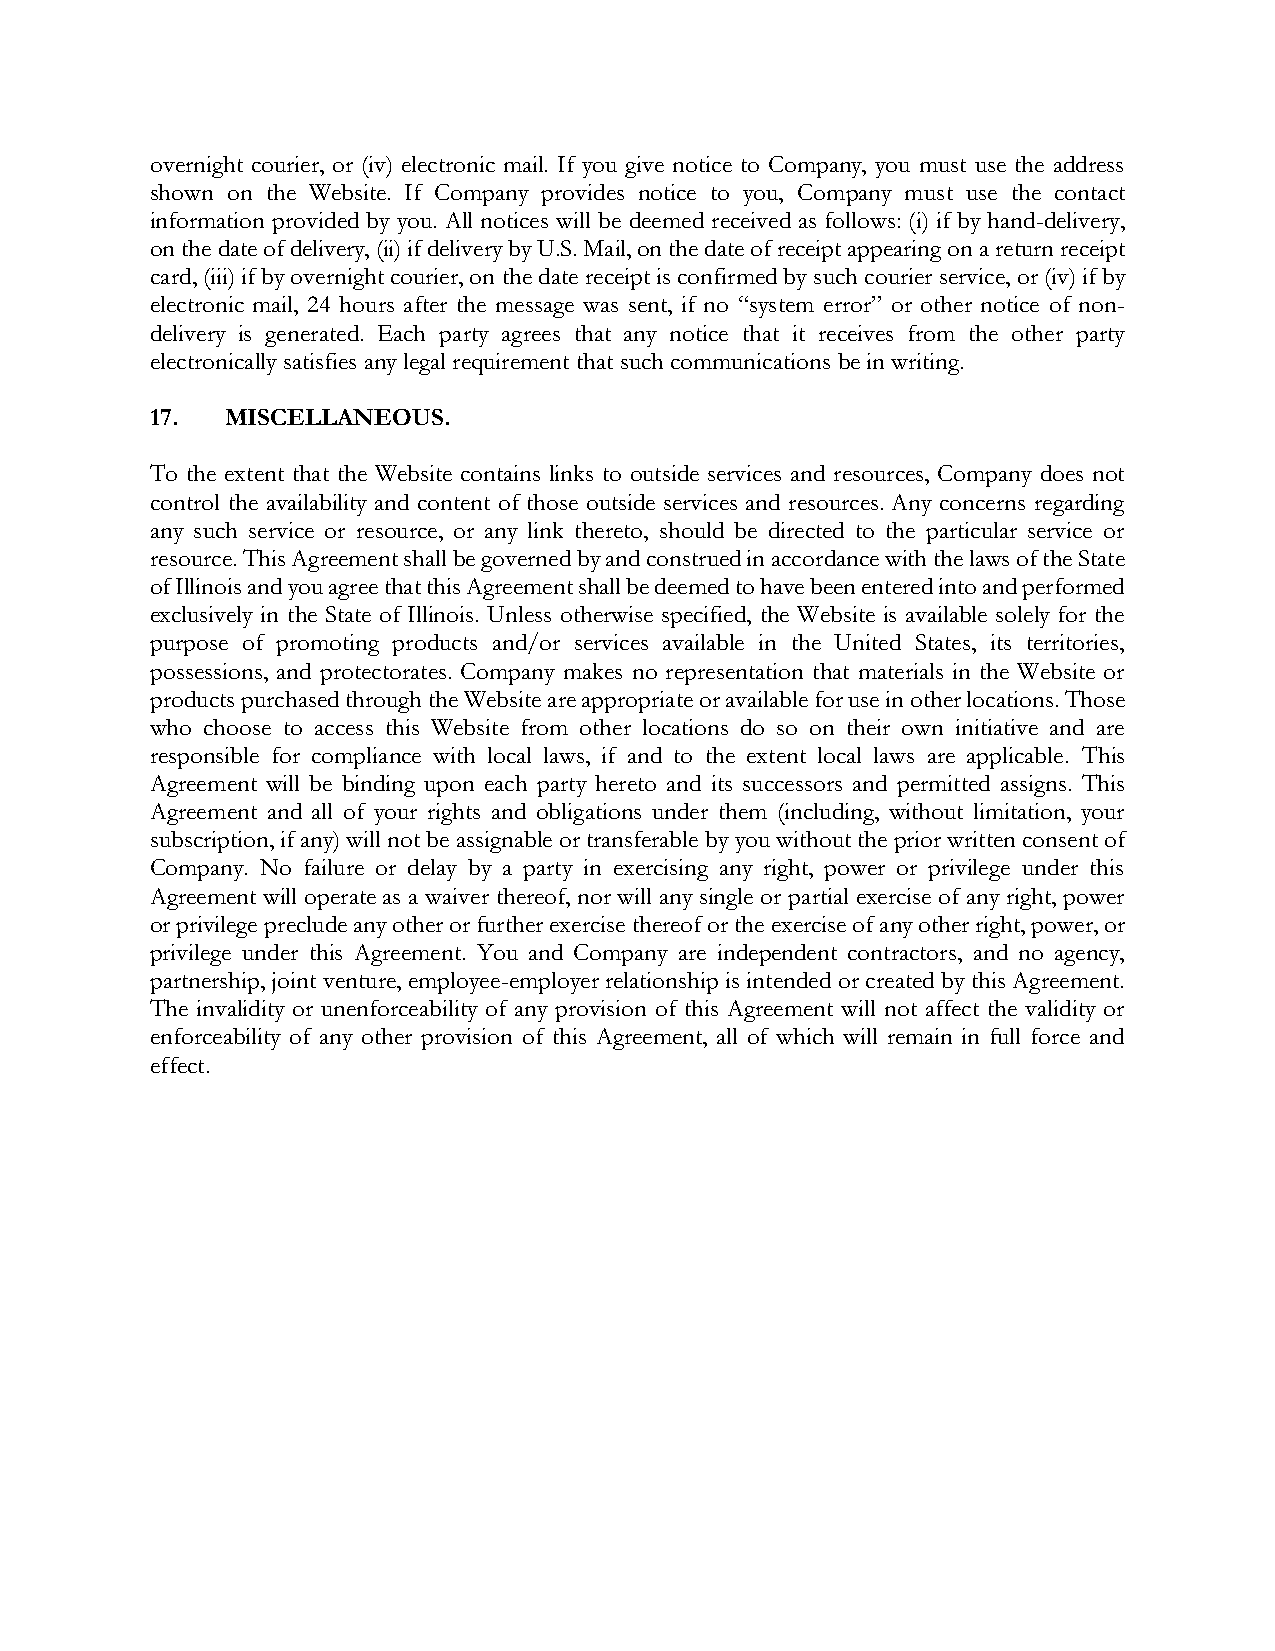
overnight courier, or (iv) electronic mail. If you give notice to Company, you must use the address
 shown on the Website. If Company provides notice to you, Company must use the contact
 information provided by you. All notices will be deemed received as follows: (i) if by hand-delivery,
 on the date of delivery, (ii) if delivery by U.S. Mail, on the date of receipt appearing on a return receipt
 card, (iii) if by overnight courier, on the date receipt is confirmed by such courier service, or (iv) if by
 electronic mail, 24 hours after the message was sent, if no “system error” or other notice of non-
 delivery is generated. Each party agrees that any notice that it receives from the other party
 electronically satisfies any legal requirement that such communications be in writing.
 17.  MISCELLANEOUS.
 To the extent that the Website contains links to outside services and resources, Company does not
 control the availability and content of those outside services and resources. Any concerns regarding
 any such service or resource, or any link thereto, should be directed to the particular service or
 resource. This Agreement shall be governed by and construed in accordance with the laws of the State
 of Illinois and you agree that this Agreement shall be deemed to have been entered into and performed
 exclusively in the State of Illinois. Unless otherwise specified, the Website is available solely for the
 purpose of promoting products and/or services available in the United States, its territories,
 possessions, and protectorates. Company makes no representation that materials in the Website or
 products purchased through the Website are appropriate or available for use in other locations. Those
 who choose to access this Website from other locations do so on their own initiative and are
 responsible for compliance with local laws, if and to the extent local laws are applicable. This
 Agreement will be binding upon each party hereto and its successors and permitted assigns. This
 Agreement and all of your rights and obligations under them (including, without limitation, your
 subscription, if any) will not be assignable or transferable by you without the prior written consent of
 Company. No failure or delay by a party in exercising any right, power or privilege under this
 Agreement will operate as a waiver thereof, nor will any single or partial exercise of any right, power
 or privilege preclude any other or further exercise thereof or the exercise of any other right, power, or
 privilege under this Agreement. You and Company are independent contractors, and no agency,
 partnership, joint venture, employee-employer relationship is intended or created by this Agreement.
 The invalidity or unenforceability of any provision of this Agreement will not affect the validity or
 enforceability of any other provision of this Agreement, all of which will remain in full force and
 effect.